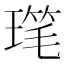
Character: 𪼋